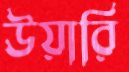
উয়ারি